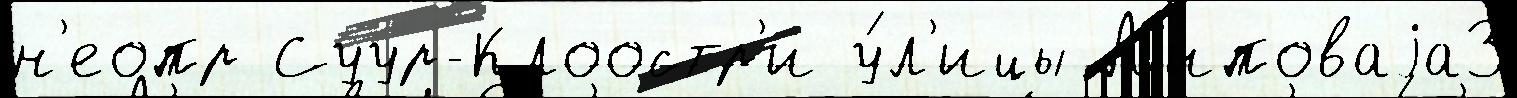
н'еопр Суур-Клоостр'и у́л'ицы Л'иповаjа3